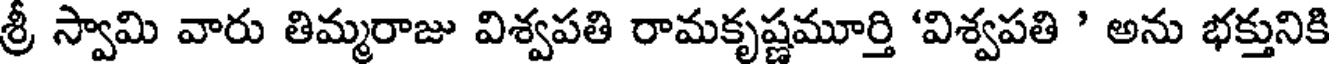
శ్రీ స్వామి వారు తిమ్మరాజు విశ్వపతి రామకృష్ణమూర్తి 'విశ్వపతి ' అను భక్తునికి